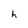
Character: h